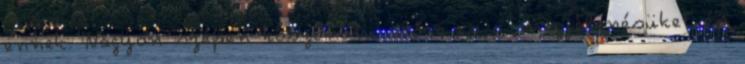
ennek. Nagyon szépen köszönöm előre is a megjelenésüket és